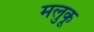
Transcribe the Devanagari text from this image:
मलुकू